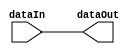
`timescale 1ns / 1ps

// highest bit

// Get the first 1 from the MSB
module firstOne #(parameter WIDTH=1) (dataIn, dataOut);

input    [WIDTH-1:0]      dataIn;
output   [WIDTH-1:0]      dataOut;

wire [WIDTH-1:0] xand_all [0:WIDTH];

assign xand_all [WIDTH] = {WIDTH{1'b1}};

genvar i;
generate 
  for (i=WIDTH-1; i>=0; i=i-1) begin : highest_bit_sel 
    assign dataOut  [i] = dataIn[i] && xand_all[i+1];
	assign xand_all [i] = ~dataIn[i] && xand_all[i+1];
  end
endgenerate

endmodule